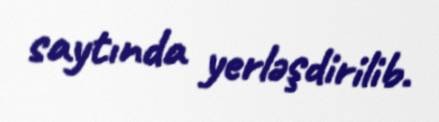
saytında yerləşdirilib.